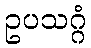
ဥပသဂ္ဂံ